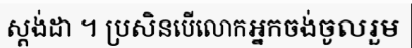
ស្តង់ដា ។ ប្រសិនបើលោកអ្នកចង់ចូលរួម